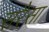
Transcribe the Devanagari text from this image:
सरैसा